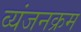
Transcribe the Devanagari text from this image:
व्यंजनक्रम